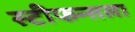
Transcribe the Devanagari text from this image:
स्टीफन्सला